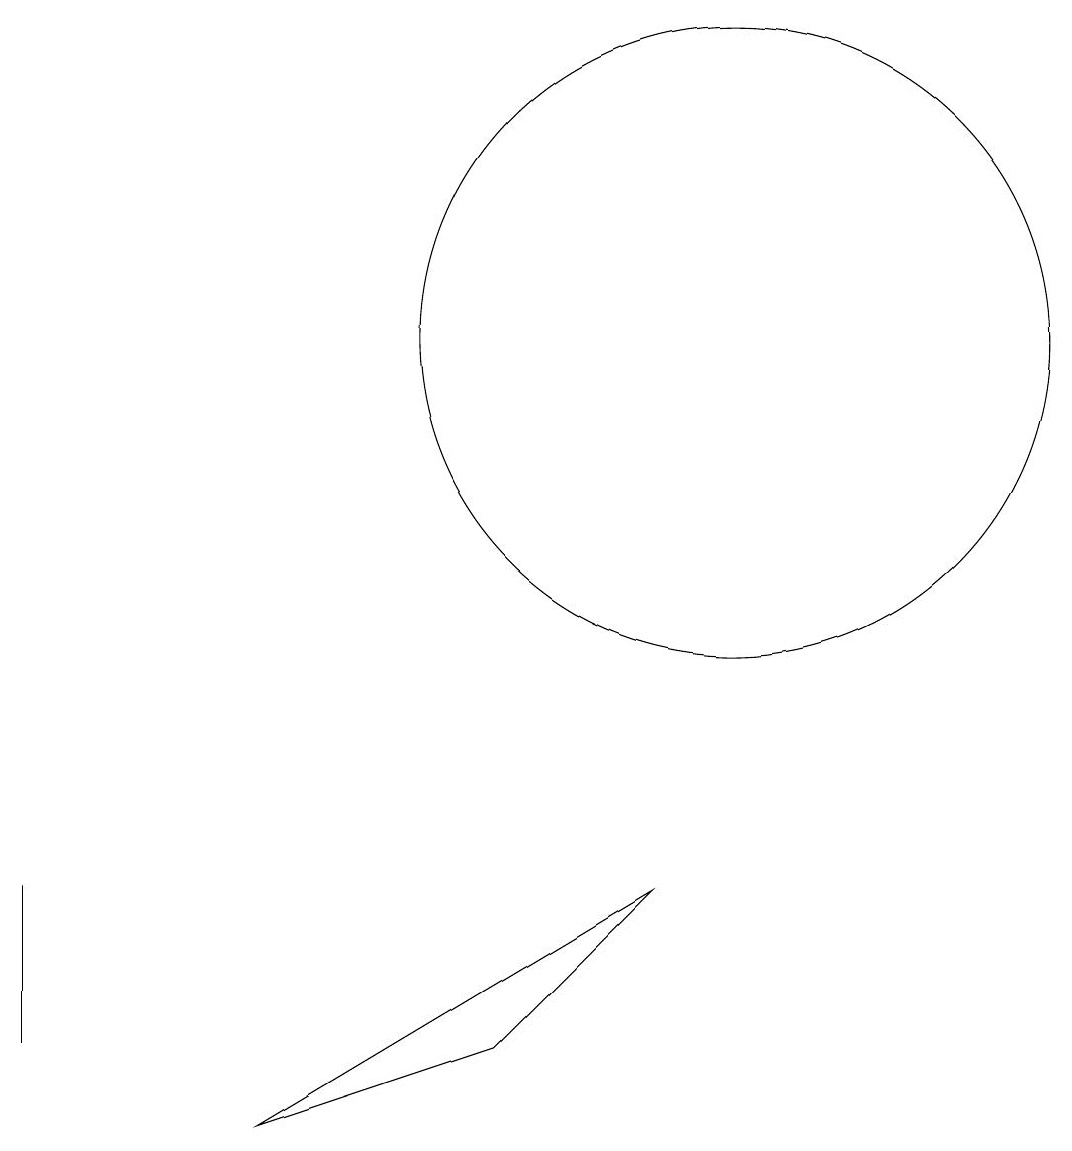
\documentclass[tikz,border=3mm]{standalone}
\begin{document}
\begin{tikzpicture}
\draw (1,1) -- (1,3) -- (1,3) -- cycle;
\draw (10,10) circle (4);
\draw (4,0) -- (9,3) -- (7,1) -- cycle;
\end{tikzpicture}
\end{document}